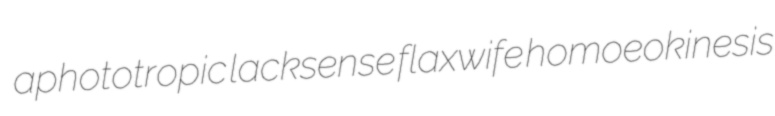
aphototropic lacksense flaxwife homoeokinesis